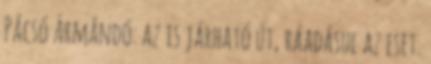
Pácsó Ármándó: az is járható út, ráadásul az eset.